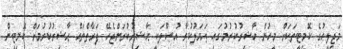
މަޖިލީހުގެ ކޮމިޓީތަކަށް މީހުން ހާޟިރުކުރުމުގައި ޢަމަލުކުރާ އުޞޫލަކީ ޙާޟިރުކުރަންޖެހޭ ފަރާތްތައް ޙާޟިރުކުރުމަށް ކޮމިޓީން